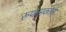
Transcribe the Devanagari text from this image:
रूपात्मकताएं